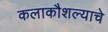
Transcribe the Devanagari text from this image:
कलाकौशल्याचे